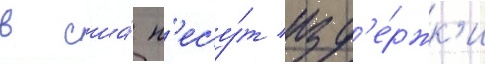
в сша́ н'есу́т изд'е́ржк'и